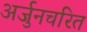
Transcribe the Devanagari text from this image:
अर्जुनचरित